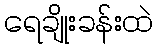
ရေချိုးခန်းထဲ